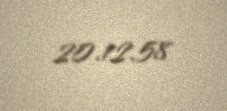
20.12.58